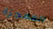
المعجزة